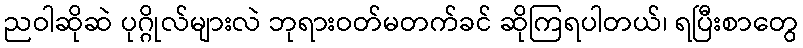
ညဝါဆိုဆဲ ပုဂ္ဂိုလ်များလဲ ဘုရားဝတ်မတက်ခင် ဆိုကြရပါတယ်၊ ရပြီးစာတွေ